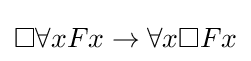
\Box \forall xFx\rightarrow \forall x\Box Fx